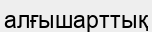
алғышарттық